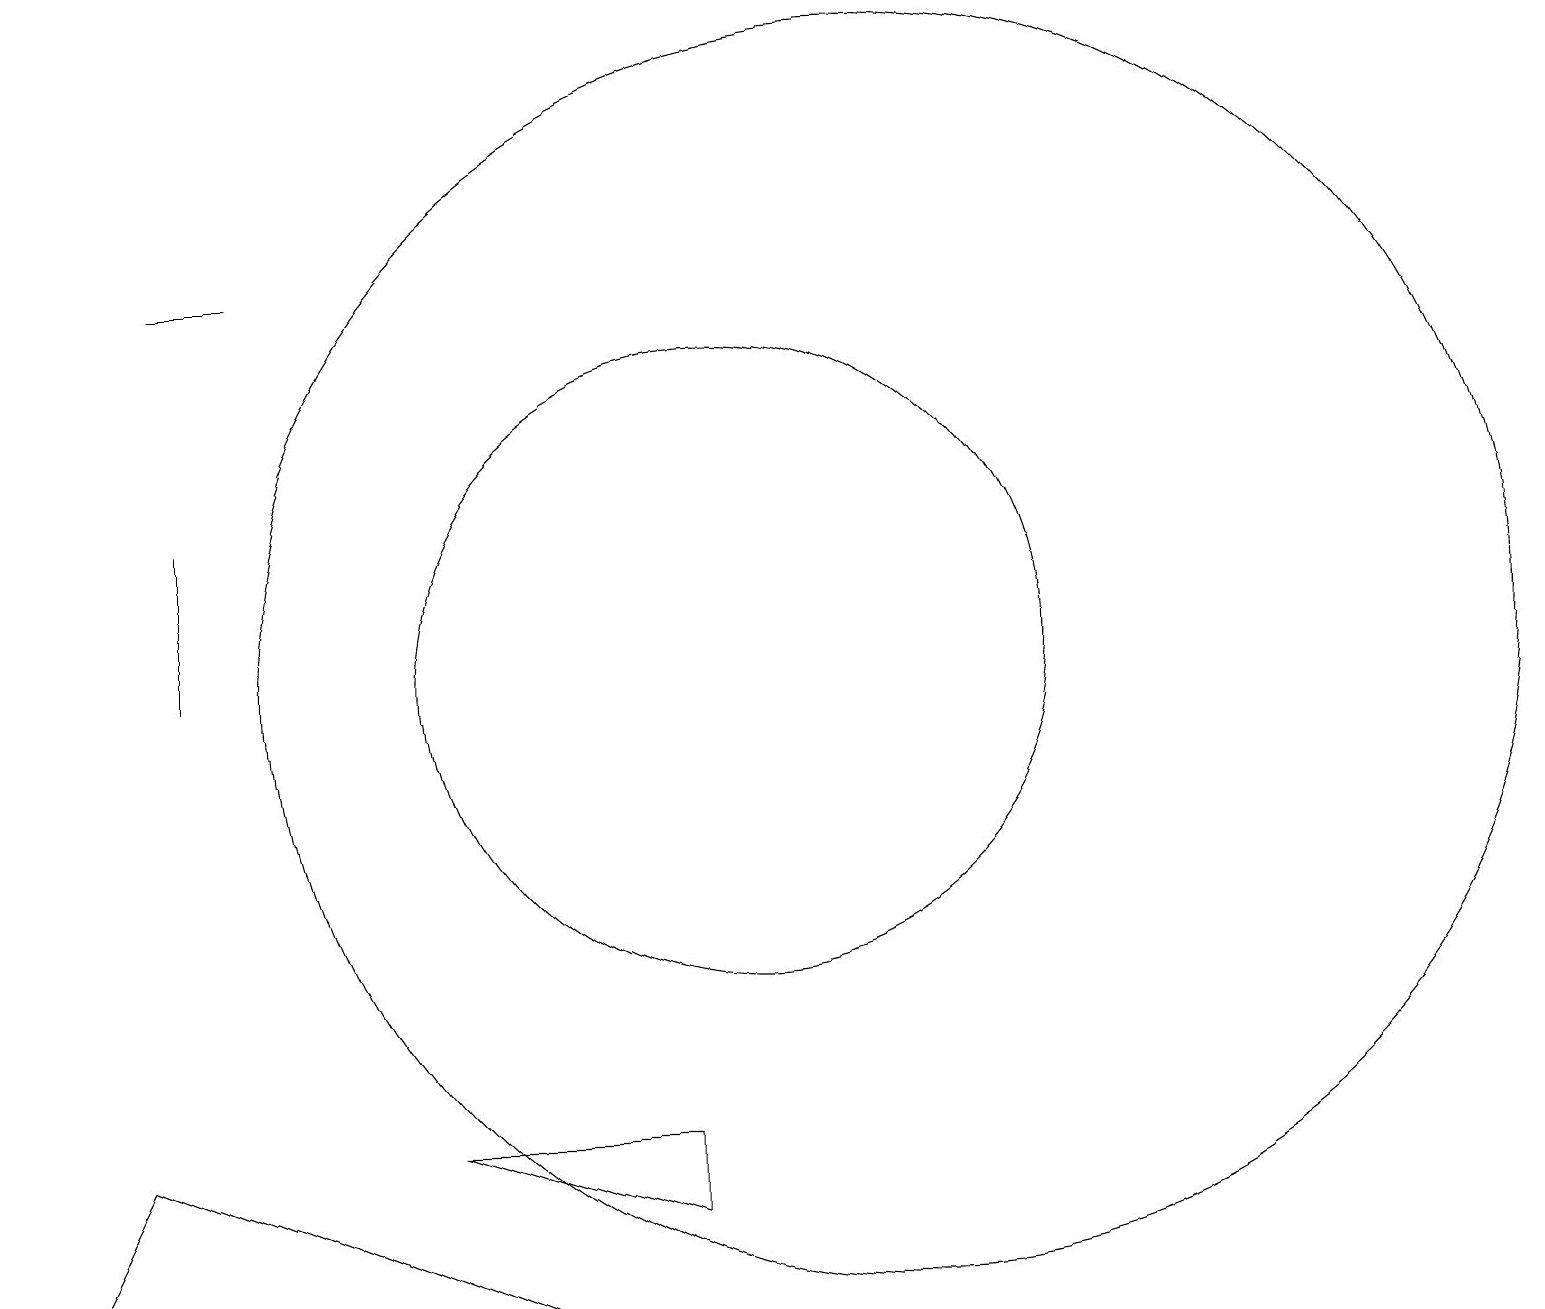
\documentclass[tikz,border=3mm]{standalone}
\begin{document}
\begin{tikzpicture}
\draw (10,12) circle (4);
\draw (9,5) -- (9,6) -- (6,6) -- cycle;
\draw (4,17) rectangle (3,17);
\draw (3,12) rectangle (3,14);
\draw (7,4) -- (1,4) -- (2,6) -- cycle;
\draw (12,12) circle (8);
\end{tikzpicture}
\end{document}